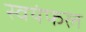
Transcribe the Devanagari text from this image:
स्वयंफल